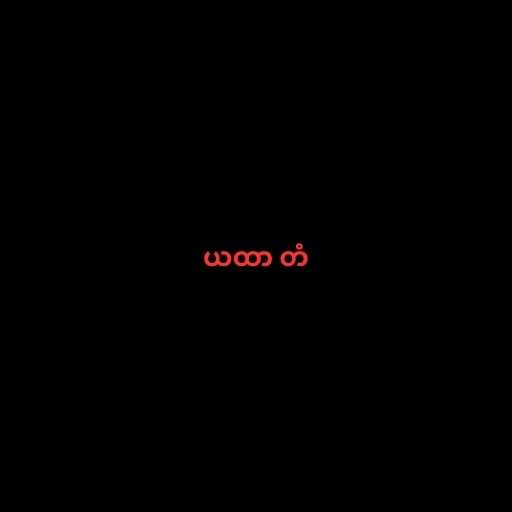
ယထာ တံ